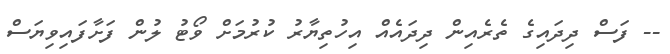
-- ފަސް ދިދައިގެ ތެރެއިން ދިދައެއް އިހުތިޔާރު ކުރުމަށް ވޯޓު ލުން ފަށާފައިވިޔަސް